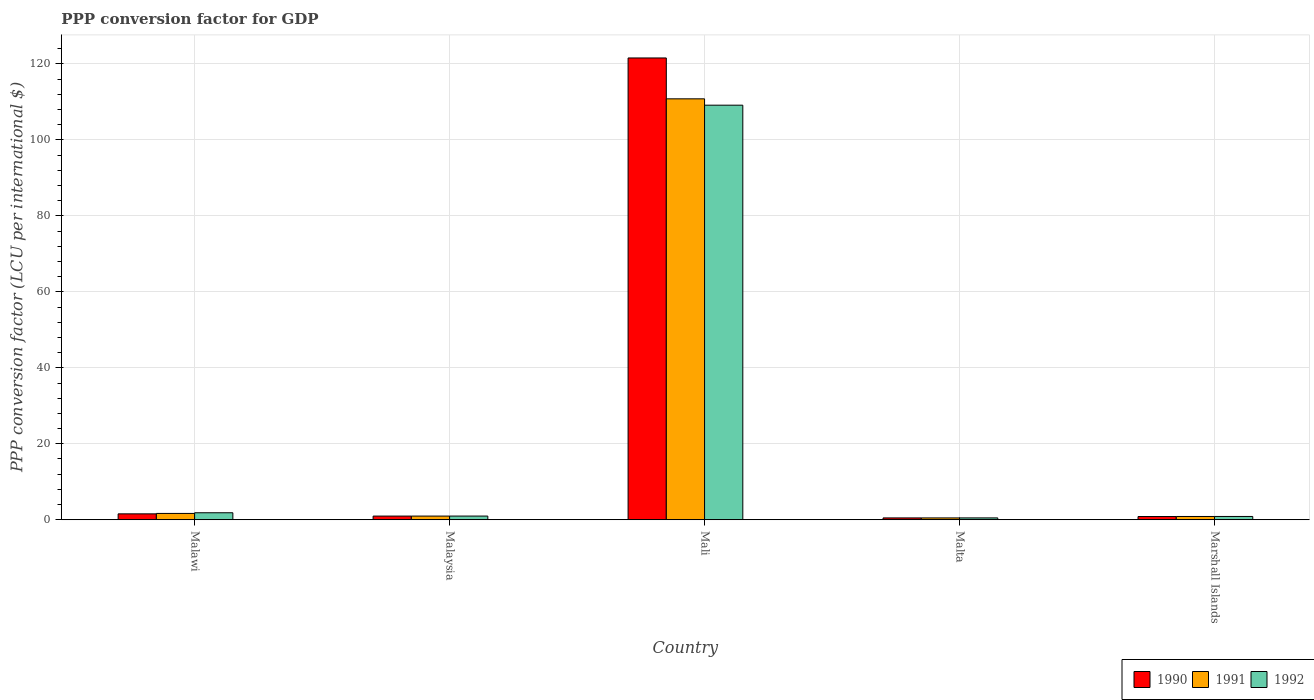
| Country | 1990 | 1991 | 1992 |
 | --- | --- | --- | --- |
 | Malawi | 1.56 | 1.67 | 1.85 |
 | Malaysia | 0.968 | 0.97 | 0.972 |
 | Mali | 122 | 111 | 109 |
 | Malta | 0.487 | 0.487 | 0.493 |
 | Marshall Islands | 0.85 | 0.864 | 0.87 |